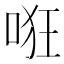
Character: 𱒳